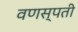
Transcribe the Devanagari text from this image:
वणस्पती